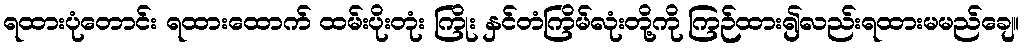
ရထားပုံတောင်း ရထားထောက် ထမ်းပိုးတုံး ကြိုး နှင်တံကြိမ်လုံးတို့ကို ကြဉ်ထား၍လည်းရထားမမည်ချေ။